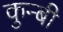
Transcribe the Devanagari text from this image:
कुन्बी